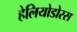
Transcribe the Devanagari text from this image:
हेलियोडोरस